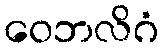
ဝေဘလိဂံ